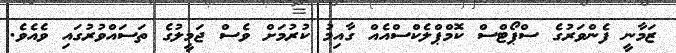
ޒަމާނީ ފެންވަރުގެ ސްޕޯޓްސް ކޮމްޕްލެކްސްއެއް ގާއިމު ކުރުމަށް ވެސް ޖަމީލުގެ ތަސައްވުރުގައި ވެއެވެ.